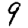
Digit: 9